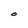
Character: O